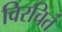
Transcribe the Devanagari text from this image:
विरचितं